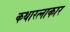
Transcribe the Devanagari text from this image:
कथारत्नाकार